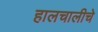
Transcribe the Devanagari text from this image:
हालचालीचे